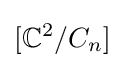
[\mathbb {C} ^{2}/C_{n}]